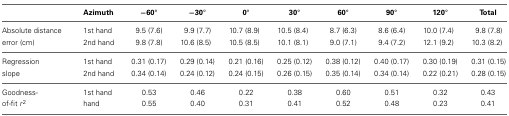
<table><thead><tr><td></td><td><b>Azimuth</b></td><td><b>−60°</b></td><td><b>−30°</b></td><td><b>0°</b></td><td><b>30°</b></td><td><b>60°</b></td><td><b>90°</b></td><td><b>120°</b></td><td><b>Total</b></td></tr></thead><tbody><tr><td>Absolute distance</td><td>1st hand</td><td>9.5 (7.6)</td><td>9.9 (7.7)</td><td>10.7 (8.9)</td><td>10.5 (8.4)</td><td>8.7 (6.3)</td><td>8.6 (6.4)</td><td>10.0 (7.4)</td><td>9.8 (7.8)</td></tr><tr><td>error (cm)</td><td>2nd hand</td><td>9.8 (7.8)</td><td>10.6 (8.5)</td><td>10.5 (8.5)</td><td>10.1 (8.1)</td><td>9.0 (7.1)</td><td>9.4 (7.2)</td><td>12.1 (9.2)</td><td>10.3 (8.2)</td></tr><tr><td>Regression</td><td>1st hand</td><td>0.31 (0.17)</td><td>0.29 (0.14)</td><td>0.21 (0.16)</td><td>0.25 (0.12)</td><td>0.38 (0.12)</td><td>0.40 (0.17)</td><td>0.30 (0.19)</td><td>0.31 (0.15)</td></tr><tr><td>slope</td><td>2nd hand</td><td>0.34 (0.14)</td><td>0.24 (0.12)</td><td>0.24 (0.15)</td><td>0.26 (0.15)</td><td>0.35 (0.14)</td><td>0.34 (0.14)</td><td>0.22 (0.21)</td><td>0.28 (0.15)</td></tr><tr><td>Goodness-</td><td>1st hand</td><td>0.53</td><td>0.46</td><td>0.22</td><td>0.38</td><td>0.60</td><td>0.51</td><td>0.32</td><td>0.43</td></tr><tr><td>of-fit <i>r</i><sup>2</sup></td><td>hand</td><td>0.55</td><td>0.40</td><td>0.31</td><td>0.41</td><td>0.52</td><td>0.48</td><td>0.23</td><td>0.41</td></tr></tbody></table>